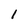
Character: 1